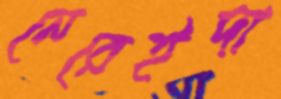
নেরেইদা